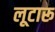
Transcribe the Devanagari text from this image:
लूटारू